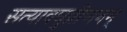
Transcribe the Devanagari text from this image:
सत्यावघुप्रीणनम्